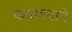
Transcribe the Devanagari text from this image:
कातड्याने